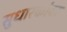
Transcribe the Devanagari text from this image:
सुधारकांवर